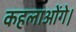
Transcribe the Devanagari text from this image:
कहलाओंगे।